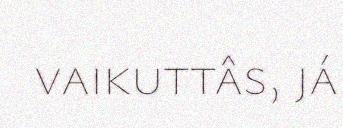
vaikuttâs, já